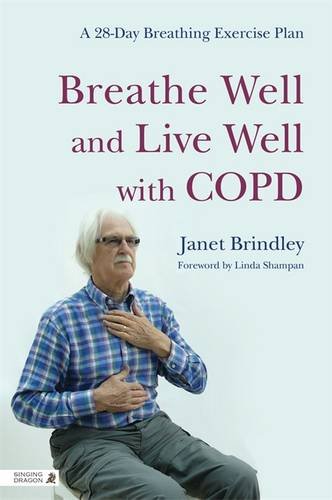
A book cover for Breathe Well and Live Well with COPD: A 28-Day Breathing Exercise Plan; Janet Brindley; Health, Fitness & Dieting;